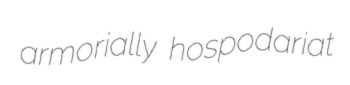
armorially hospodariat